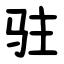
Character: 驻